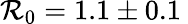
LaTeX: \mathcal{R}_{0}=1.1\pm0.1{\: }